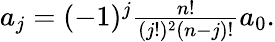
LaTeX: \begin{array}{r}{a_{j}=(-1)^{j}\frac{n!}{(j!)^{2}(n-j)!}a_{0}.}\end{array}